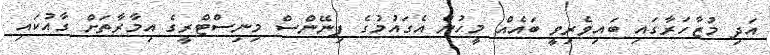
އަދި މުޒާހަރާގައި ބައިވެރިވީ ބައެއް މީހުން އެގައުމުގެ ފިނޭންސް މިނިސްޓްރީގެ އިމާރާތަށް ގާއުކައި